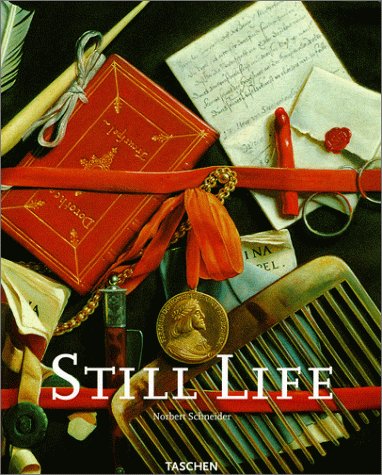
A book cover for Still Life (Big Series Art); Norbert Schneider; Arts & Photography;